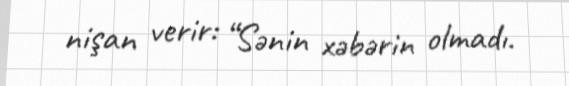
nişan verir: “Sənin xəbərin olmadı.